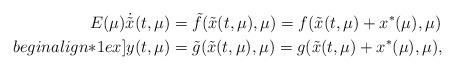
LaTeX: \begin{align*} E(\mu) \dot{\tilde{x}}(t,\mu) & = \tilde{f}(\tilde{x}(t,\mu),\mu) = f(\tilde{x}(t,\mu)+x^*(\mu),\mu) \\begin{align*}1ex] y(t,\mu) & = \tilde{g}(\tilde{x}(t,\mu),\mu) = g(\tilde{x}(t,\mu)+x^*(\mu),\mu) , \end{align*}